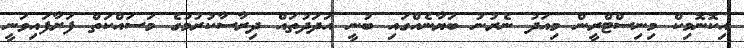
އިކޮނޮމިކް މިނިސްޓްރީން މިއަދު ނެރުނު ބަޔާނެއްގައި ބުނީ އަދަދުތައް ދިރާސާކުރުމުގެ މަސައްކަތް ފަށާފައިވަނީ